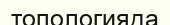
топологияда